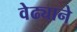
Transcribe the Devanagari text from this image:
वेढ्याने